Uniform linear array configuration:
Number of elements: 48
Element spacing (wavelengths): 0.25
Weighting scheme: blackman
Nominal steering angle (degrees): -30
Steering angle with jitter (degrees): -30.004
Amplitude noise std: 0.05
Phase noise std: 0.05

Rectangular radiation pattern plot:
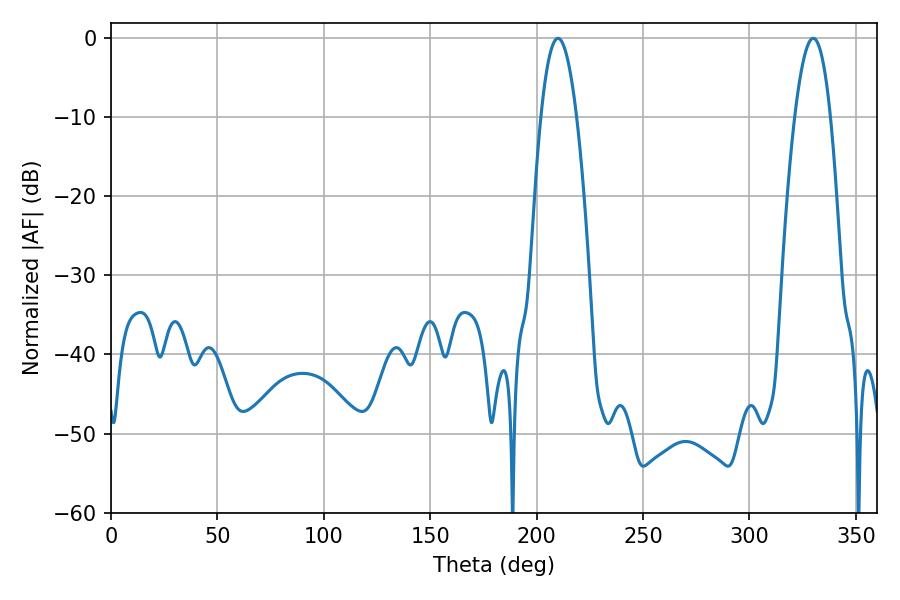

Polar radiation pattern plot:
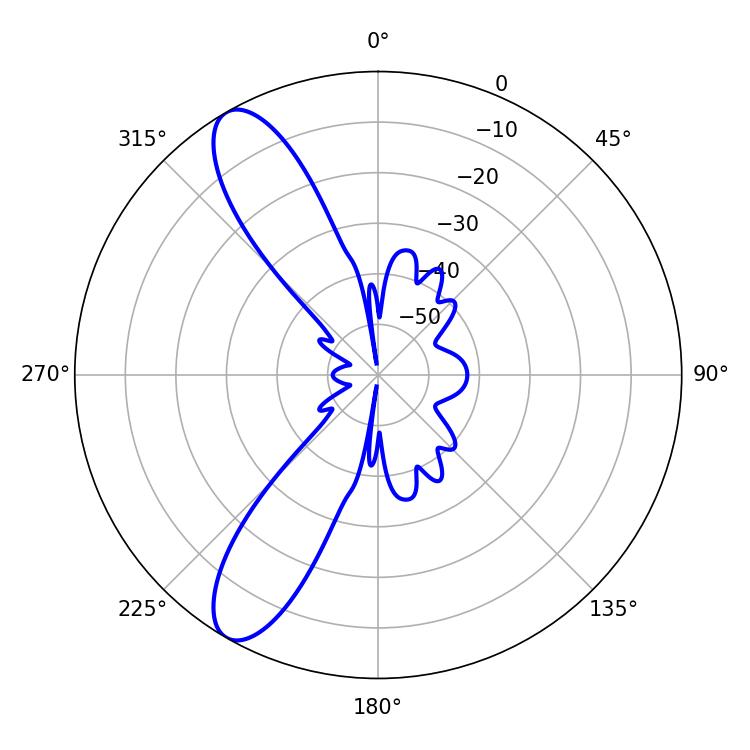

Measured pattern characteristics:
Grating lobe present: FALSE
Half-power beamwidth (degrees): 9.18
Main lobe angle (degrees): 210.06